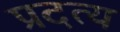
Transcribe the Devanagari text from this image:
प्रदत्य